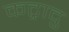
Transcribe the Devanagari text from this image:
कट्रादु